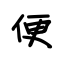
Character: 便